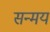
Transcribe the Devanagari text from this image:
सन्मय